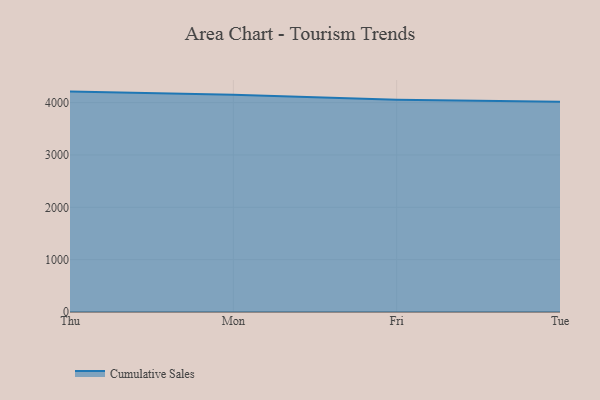
{"axis": {"x": "Day", "y": "Latency (ms)"}, "legend": ["Cumulative Sales"], "data": [{"x": "Thu", "y": 4210.0, "type": "Cumulative Sales"}, {"x": "Mon", "y": 4149.0, "type": "Cumulative Sales"}, {"x": "Fri", "y": 4053.9, "type": "Cumulative Sales"}, {"x": "Tue", "y": 4014.4, "type": "Cumulative Sales"}]}